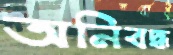
অনিবদ্ধ